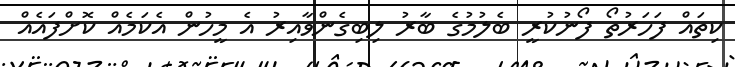
ކިތައް ފަހަރުތޯ ފޯނުކުރީ ބެލުމުގެ ބާރު ލިބިގެންވާއިރު އެ މީހުން އެކަމެއް ކޮށްފައެއް